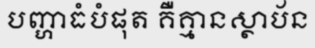
បញ្ហាធំបំផុត គឺគ្មានស្ថាប័ន